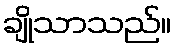
ချိုသာသည်။